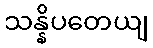
သန္နိပတေယျ